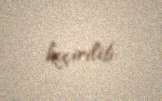
keçirilib.